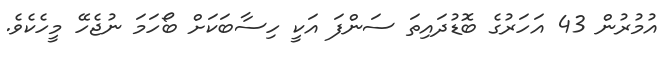
އުމުރުން 43 އަހަރުގެ ބޮޑުދައިތަ ސަންފަ އަކީ ހިސާބަކަށް ބޯހަމަ ނުޖެހޭ މީހެކެވެ.